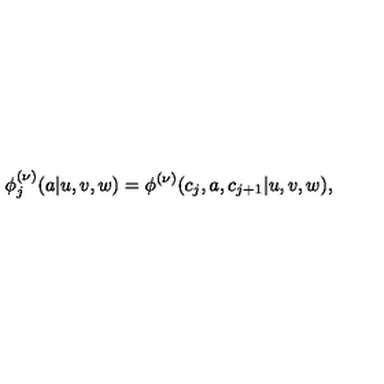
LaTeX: \phi _ { j } ^ { ( \nu ) } ( a | u , v , w ) = \phi ^ { ( \nu ) } ( c _ { j } , a , c _ { j + 1 } | u , v , w ) ,